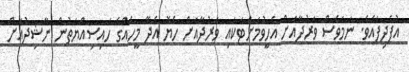
އުފެދިފައެވެ. ނަމަވެސް ވަރުދާއަށް އެހީވުމަށްޓަކައި ވަރުދާއަށް ހެޔޮ އެދޭ މީހެއްގެ ހައިސިއްޔަތުން ނާޝިދުއަށް